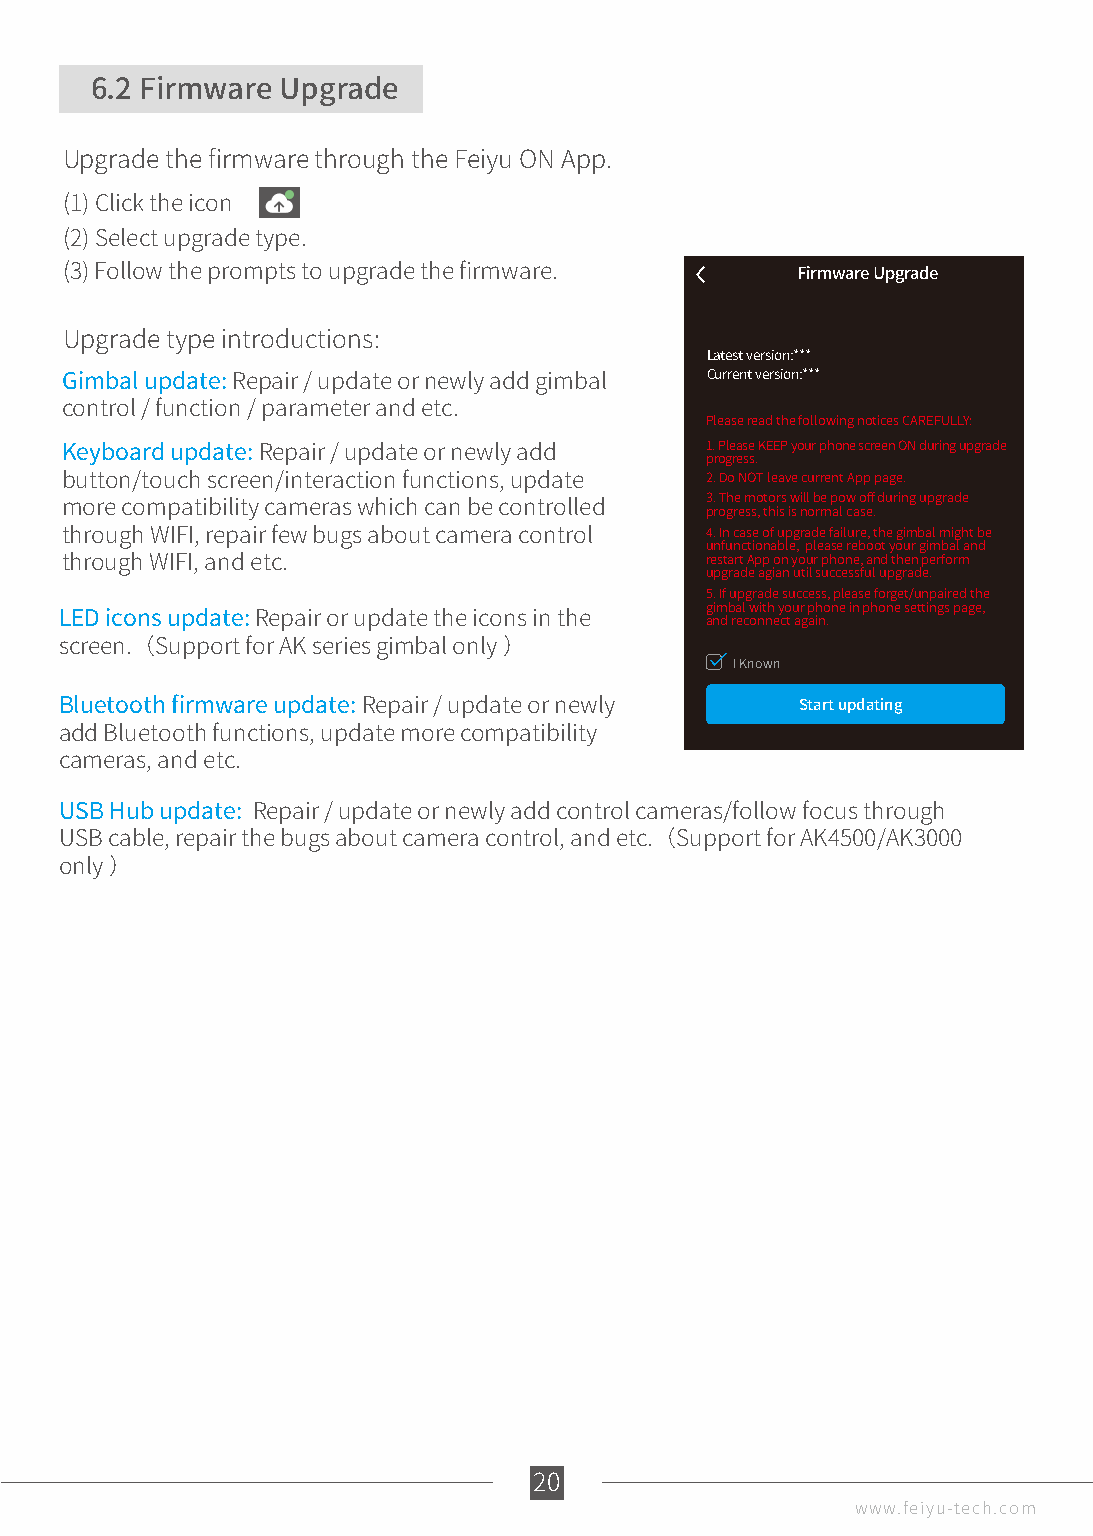
6.2 Firmware Upgrade
 Upgrade the firmware through the Feiyu ON App.
 (1) Click the icon
 (2) Select upgrade type.
 (3) Follow the prompts to upgrade the firmware.  Firmware Upgrade
 Upgrade type introductions:
 Latest version:***
 Current version:***
 Gimbal update: Repair / update or newly add gimbal
 control / function / parameter and etc.
 Please read the following notices CAREFULLY:
 1. Please KEEP your phone screen ON during upgrade
 Keyboard update: Repair / update or newly add progress.
 2. Do NOT leave current App page.
 button/touch screen/interaction functions, update
 3. The motors will be pow off during upgrade
 more compatibility cameras which can be controlled progress, this is normal case.
 through WIFI, repair few bugs about camera control 4. In case of upgrade failure, the gimbal might be
 unfunctionable, please reboot your gimbal and
 restart App on your phone, and then perform
 through WIFI, and etc.                     upgrade agian util successful upgrade.
 5. If upgrade success, please forget/unpaired the
 gimbal with your phone in phone settings page,
 LED icons update: Repair or update the icons in the and reconnect again.
 screen.（Support for AK series gimbal only ）
 I Known
 Bluetooth firmware update: Repair / update or newly Start updating
 add Bluetooth functions, update more compatibility
 cameras, and etc.
 USB Hub update: Repair / update or newly add control cameras/follow focus through
 USB cable, repair the bugs about camera control, and etc.（Support for AK4500/AK3000
 only ）
 11124440
 www.feiyu-tech.com